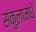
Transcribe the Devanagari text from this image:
संकुलामधे